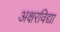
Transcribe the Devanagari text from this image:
अक्षरविद्या